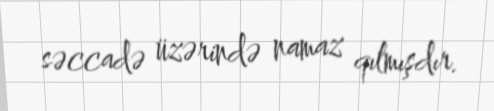
səccadə üzərində namaz qılmışdır.